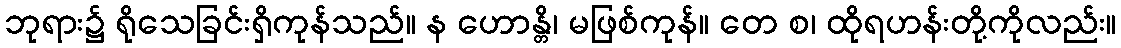
ဘုရား၌ ရိုသေခြင်းရှိကုန်သည်။ န ဟောန္တိ၊ မဖြစ်ကုန်။ တေ စ၊ ထိုရဟန်းတို့ကိုလည်း။